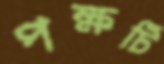
পক্ষটি